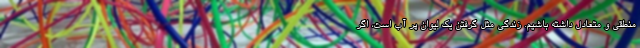
منطقی و متعادل داشته باشیم. زندگی مثل گرفتن یک لیوان پر آب است، اگر